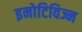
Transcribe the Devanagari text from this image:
इनोटिविज्म